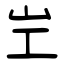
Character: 㞬